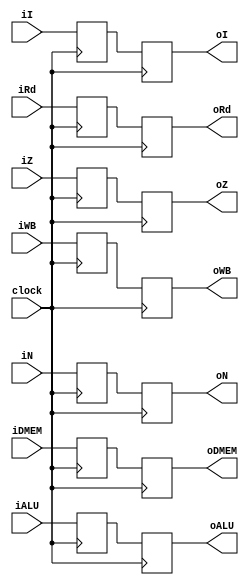
module EXWBbuff(clock, iDMEM, iALU, iRd, iI, iWB, iN, iZ, 
oDMEM, oALU, oRd, oI, oWB, oN, oZ);
input clock;
input [31:0]iDMEM, iALU, iI;
input [5:0]iRd;
input [6:0]iWB;
input iN, iZ;

reg [31:0]DMEM, ALU, I;
reg [5:0]Rd;
reg [6:0]WB;
reg N, Z;

output reg [31:0]oDMEM, oALU, oI;
output reg [5:0]oRd;
output reg [6:0]oWB;
output reg oN, oZ;

always @(posedge clock) begin
	oDMEM <= DMEM;
	oALU <= ALU;
	oI <= I;
	oRd <= Rd;
	oWB <= WB;
	oN <= N;
	oZ <= Z;

	DMEM <= iDMEM;
	ALU <= iALU;
	I <= iI;
	Rd <= iRd;
	WB <= iWB;
	N <= iN;
	Z <= iZ;
end
initial begin
    oDMEM = 0;
	oALU = 0;
	oI = 0;
	oRd = 0;
	oWB = 0;
	oN = 0;
	oZ = 0;
end
endmodule